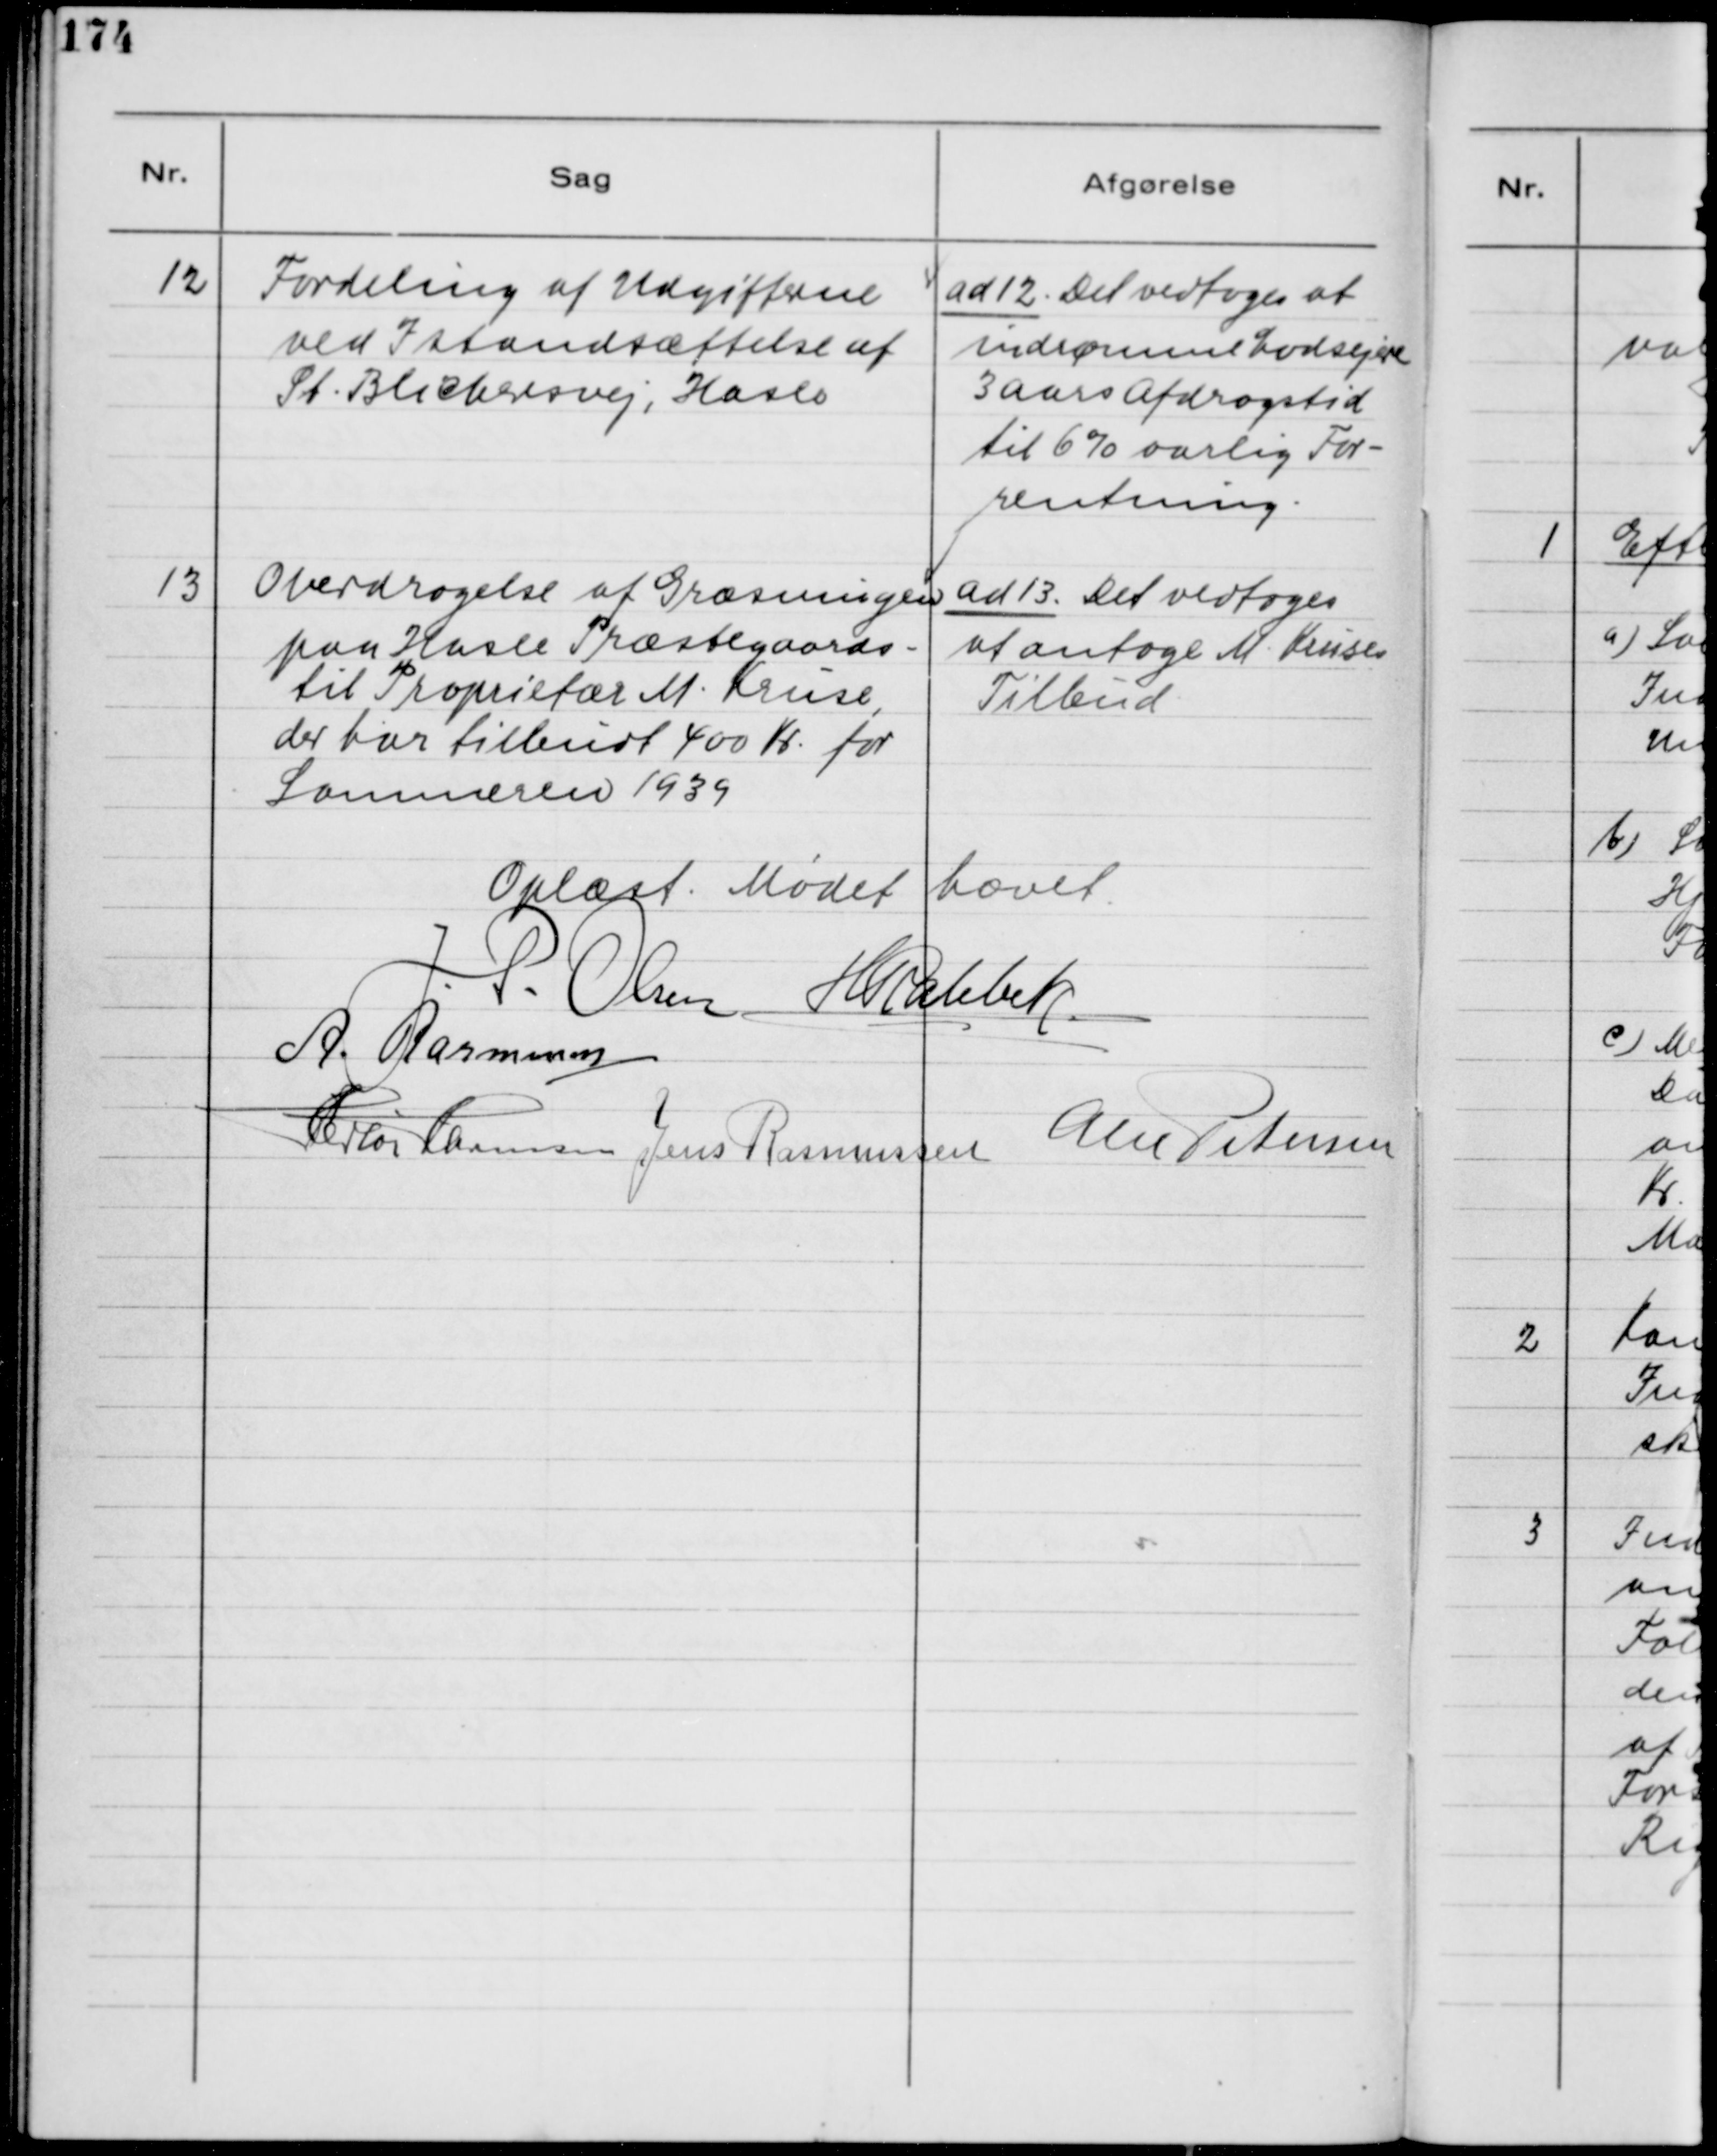
Transskription:
12
Fordeling af Udgifterne
ved Istandsættelse af
St. Blichersvej, Hasle

ad 12. Det vedtoges at
imødekomme Lodsejerne
3 aars Afdragstid
til 6% aarlig For-
rentning.

13
Overdragelse af Græsningen
paa Hasle Præstegaard
til Proprietær M. Kruse,
der har tilbudt 400 Kr. for
Sommeren 1939.

ad 13. Det vedtoges
at antage M. Kruses
Tilbud.

Oplæst. Mødet hævet.